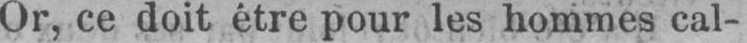
Or, ce doit être pour les hommes cal-